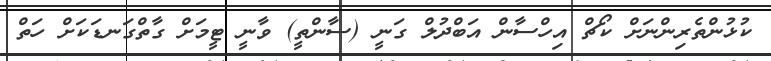
ކުޅުންތެރިންނަށް ކޯޗް އިހްސާން އަބްދުލް ގަނީ (ސާންތީ) ވާނީ ޓީމަށް ގާތްގަނޑަކަށް ހަތް